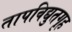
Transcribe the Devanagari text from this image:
तापविद्युतगृह